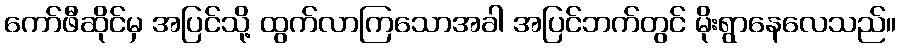
ကော်ဖီဆိုင်မှ အပြင်သို့ ထွက်လာကြသောအခါ အပြင်ဘက်တွင် မိုးရွာနေလေသည်။